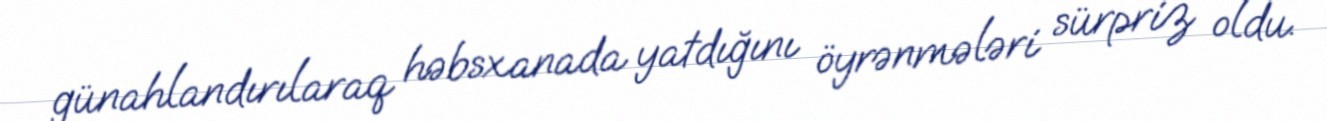
günahlandırılaraq həbsxanada yatdığını öyrənmələri sürpriz oldu.